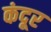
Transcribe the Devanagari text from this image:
कंदूर